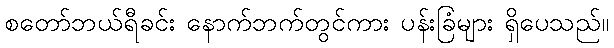
စတော်ဘယ်ရီခင်း နောက်ဘက်တွင်ကား ပန်းခြံများ ရှိပေသည်။